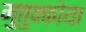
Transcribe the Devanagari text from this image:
मुत्तुक्कोया